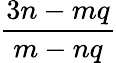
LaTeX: \frac{3n-mq}{m-nq}